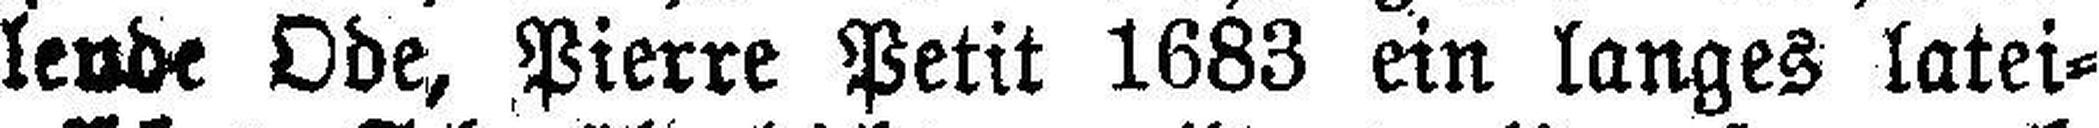
lende Ode, Pierre Petit 1683 ein langes latei¬